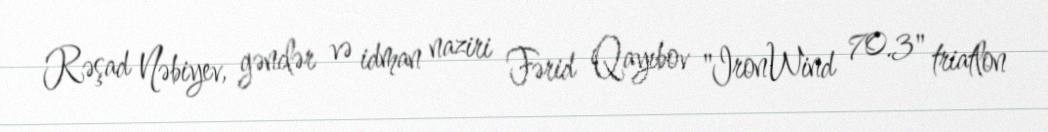
Rəşad Nəbiyev, gənclər və idman naziri Fərid Qayıbov "IronWind 70.3" triatlon